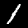
Label: 1